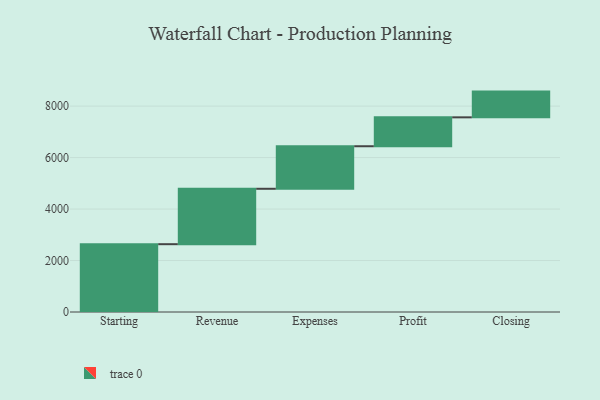
{"axis": {"x": "Step", "y": "Value"}, "legend": [""], "data": [{"x": "Starting", "y": 2635.0, "type": ""}, {"x": "Revenue", "y": 2153.0, "type": ""}, {"x": "Expenses", "y": 1653.0, "type": ""}, {"x": "Profit", "y": 1123.0, "type": ""}, {"x": "Closing", "y": 1000, "type": ""}]}